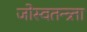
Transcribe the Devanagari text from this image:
जोस्वतन्त्र्ता